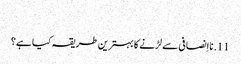
‏
11.‏ نااِنصافی سے لڑنے کا بہترین طریقہ کیا ہے؟